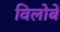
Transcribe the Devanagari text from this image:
विलोबे